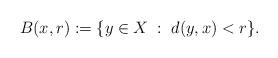
LaTeX: \begin{align*}B(x,r) := \{ y \in X \;:\; d(y,x)<r \}.\end{align*}